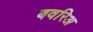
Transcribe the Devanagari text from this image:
बवरिअ